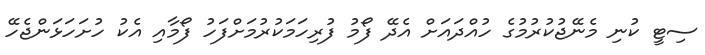
ސިޓީ ކުނި މެނޭޖުކުރުމުގެ ހުއްދައަށް އެދޭ ފޯމު ފުރިހަމަކުރުމަށްފަހު ފޯމާއި އެކު ހުށަހަޅަންޖެހޭ